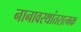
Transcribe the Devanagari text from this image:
नानावस्थांतरात्मक